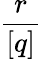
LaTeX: \frac{r}{[q]}